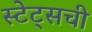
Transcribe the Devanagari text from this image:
स्टेट्सची